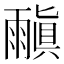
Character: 𩄠